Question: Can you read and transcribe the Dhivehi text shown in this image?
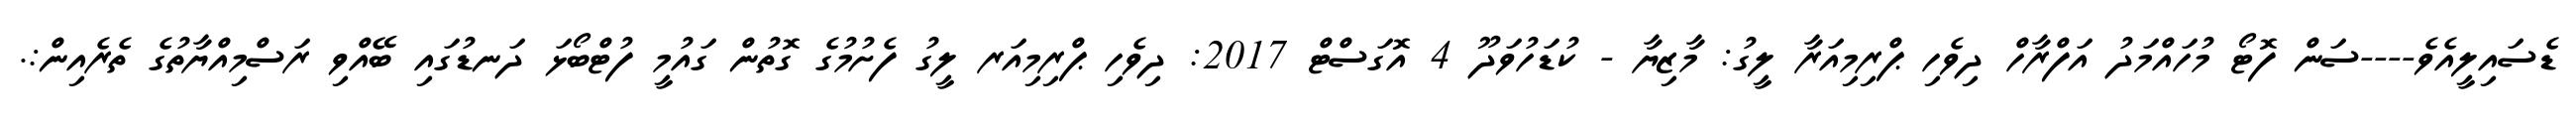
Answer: ޑެސައިލީއެވެ----ސަން ފޮޓޯ މުހައްމަދު އަފްރާހް ދިވެހި ޕްރިމިއަރާ ލީގު: މާޒިޔާ - ކުޑަހުވަދޫ 4 އޮގަސްޓް 2017: ދިވެހި ޕްރިމިއަރ ލީގު ފެށުމުގެ ގޮތުން ގައުމީ ފުޓްބޯޅަ ދަނޑުގައި ބޭއްވި ރަސްމިއްޔާތުގެ ތެރެއިން:.